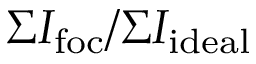
\Sigma I _ { \mathrm { f o c } } / \Sigma I _ { \mathrm { i d e a l } }